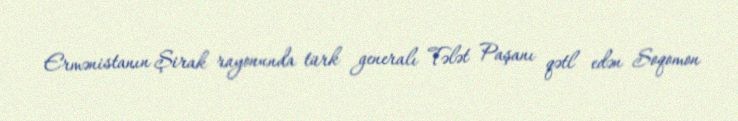
Ermənistanın Şirak rayonunda türk generalı Tələt Paşanı qətl edən Soqomon